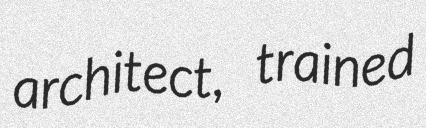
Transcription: architect, trained